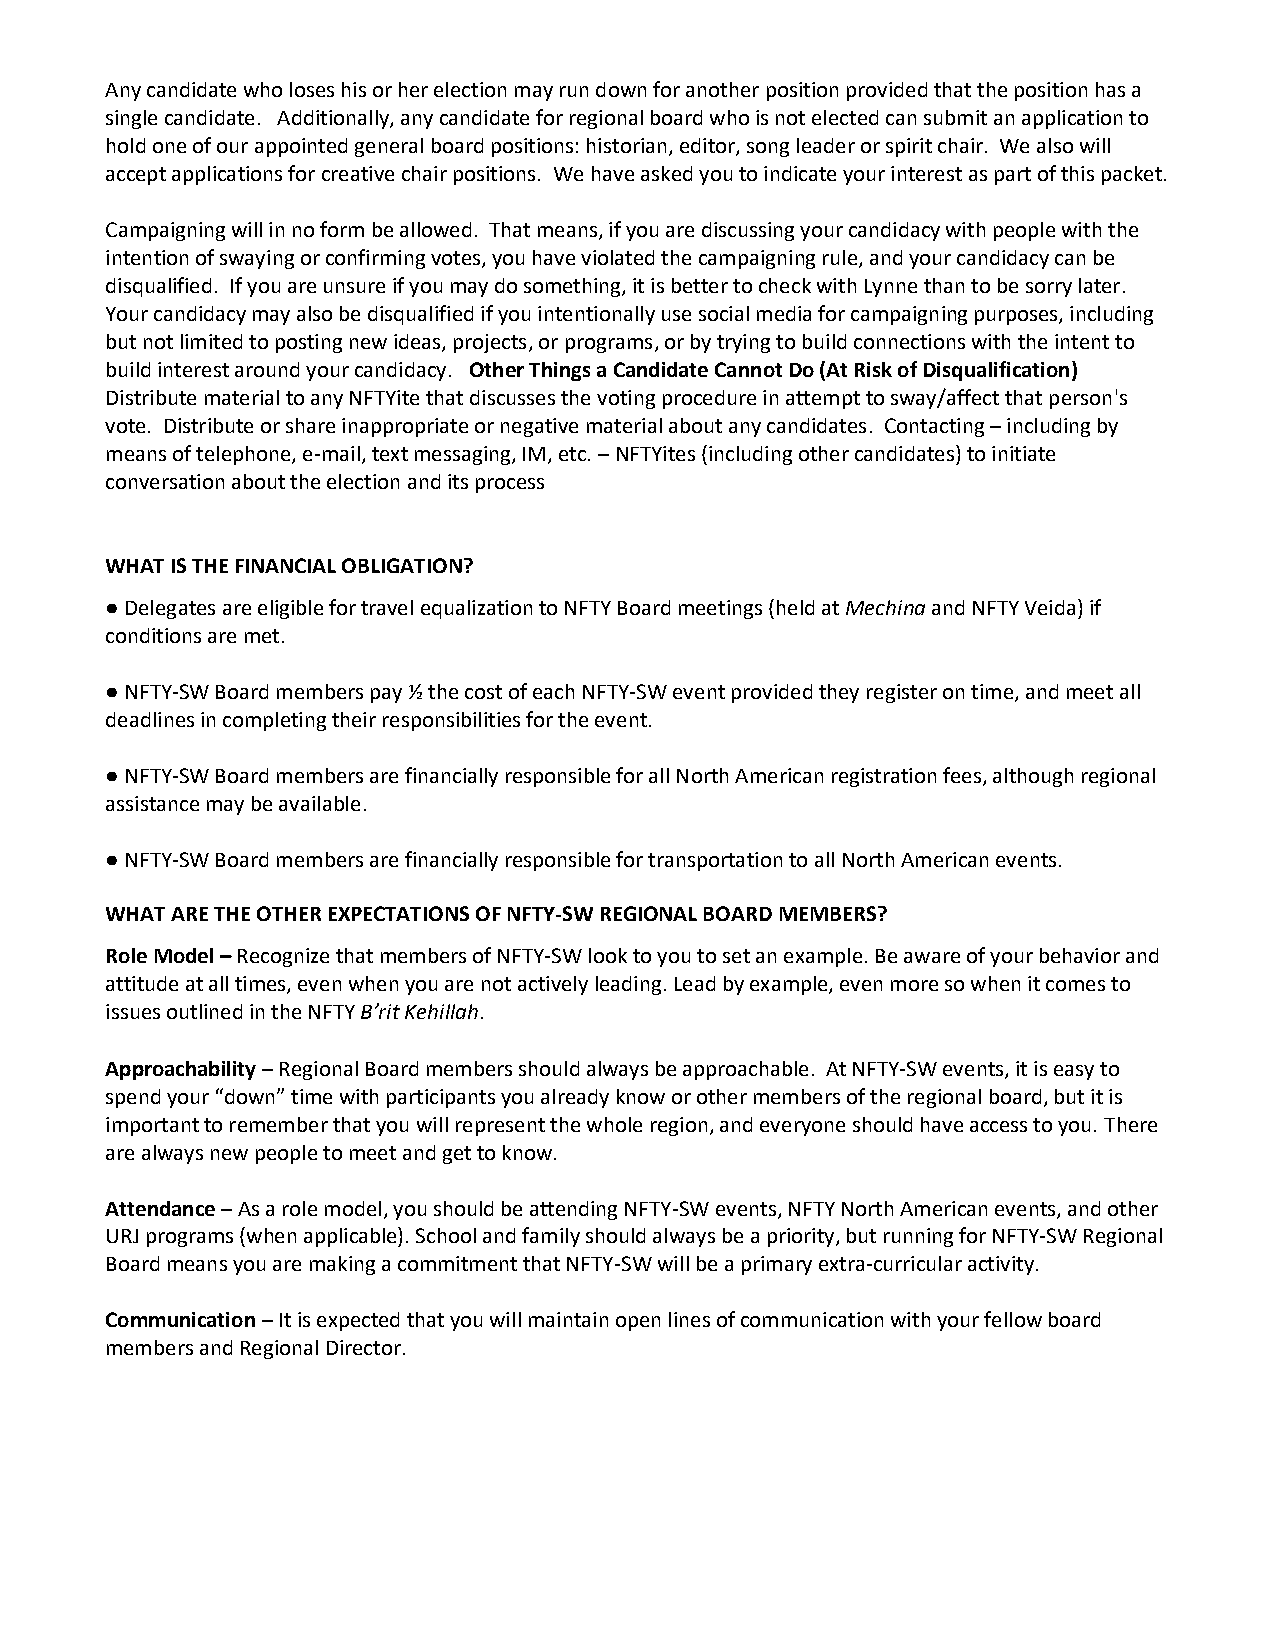
Any candidate who loses his or her election may run down for another position provided that the position has a
 single candidate. Additionally, any candidate for regional board who is not elected can submit an application to
 hold one of our appointed general board positions: historian, editor, song leader or spirit chair. We also will
 accept applications for creative chair positions. We have asked you to indicate your interest as part of this packet.
 Campaigning will in no form be allowed. That means, if you are discussing your candidacy with people with the
 intention of swaying or confirming votes, you have violated the campaigning rule, and your candidacy can be
 disqualified. If you are unsure if you may do something, it is better to check with Lynne than to be sorry later.
 Your candidacy may also be disqualified if you intentionally use social media for campaigning purposes, including
 but not limited to posting new ideas, projects, or programs, or by trying to build connections with the intent to
 build interest around your candidacy. Other Things a Candidate Cannot Do (At Risk of Disqualification)
 Distribute material to any NFTYite that discusses the voting procedure in attempt to sway/affect that person's
 vote. Distribute or share inappropriate or negative material about any candidates. Contacting – including by
 means of telephone, e-mail, text messaging, IM, etc. – NFTYites (including other candidates) to initiate
 conversation about the election and its process
 WHAT IS THE FINANCIAL OBLIGATION?
 ● Delegates are eligible for travel equalization to NFTY Board meetings (held at Mechina and NFTY Veida) if
 conditions are met.
 ● NFTY-SW Board members pay ½ the cost of each NFTY-SW event provided they register on time, and meet all
 deadlines in completing their responsibilities for the event.
 ● NFTY-SW Board members are financially responsible for all North American registration fees, although regional
 assistance may be available.
 ● NFTY-SW Board members are financially responsible for transportation to all North American events.
 WHAT ARE THE OTHER EXPECTATIONS OF NFTY-SW REGIONAL BOARD MEMBERS?
 Role Model – Recognize that members of NFTY-SW look to you to set an example. Be aware of your behavior and
 attitude at all times, even when you are not actively leading. Lead by example, even more so when it comes to
 issues outlined in the NFTY B’rit Kehillah.
 Approachability – Regional Board members should always be approachable. At NFTY-SW events, it is easy to
 spend your “down” time with participants you already know or other members of the regional board, but it is
 important to remember that you will represent the whole region, and everyone should have access to you. There
 are always new people to meet and get to know.
 Attendance – As a role model, you should be attending NFTY-SW events, NFTY North American events, and other
 URJ programs (when applicable). School and family should always be a priority, but running for NFTY-SW Regional
 Board means you are making a commitment that NFTY-SW will be a primary extra-curricular activity.
 Communication – It is expected that you will maintain open lines of communication with your fellow board
 members and Regional Director.